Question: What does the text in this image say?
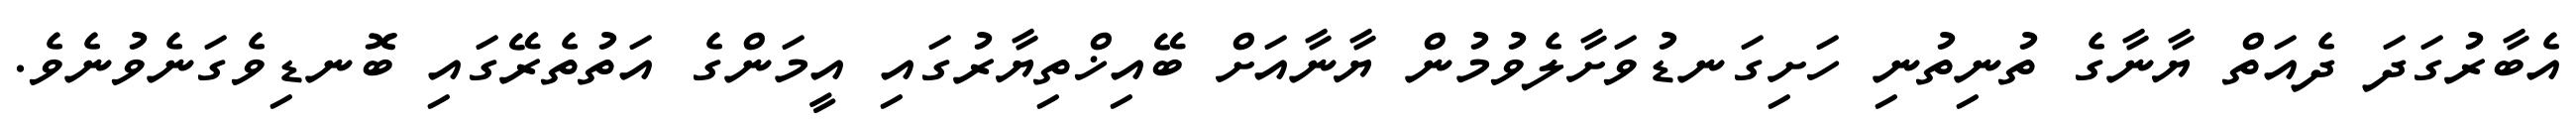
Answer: އެބާރުގަދަ ދެއަތް ޔާނާގެ ތުނިތުނި ހަށިގަނޑުވަށާލެވުމުން ޔާނާއަށް ބޭއިޚްތިޔާރުގައި އީމަންގެ އަތުތެރޭގައި ބޮނޑިވެގަނެވުނެވެ.